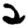
Digit: 2